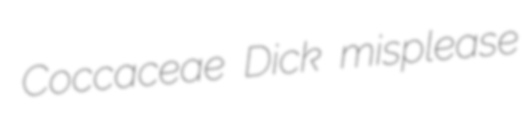
Coccaceae Dick misplease